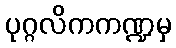
ပုဂ္ဂလိကကဏ္ဍမှ